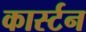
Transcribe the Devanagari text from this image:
कार्स्टन